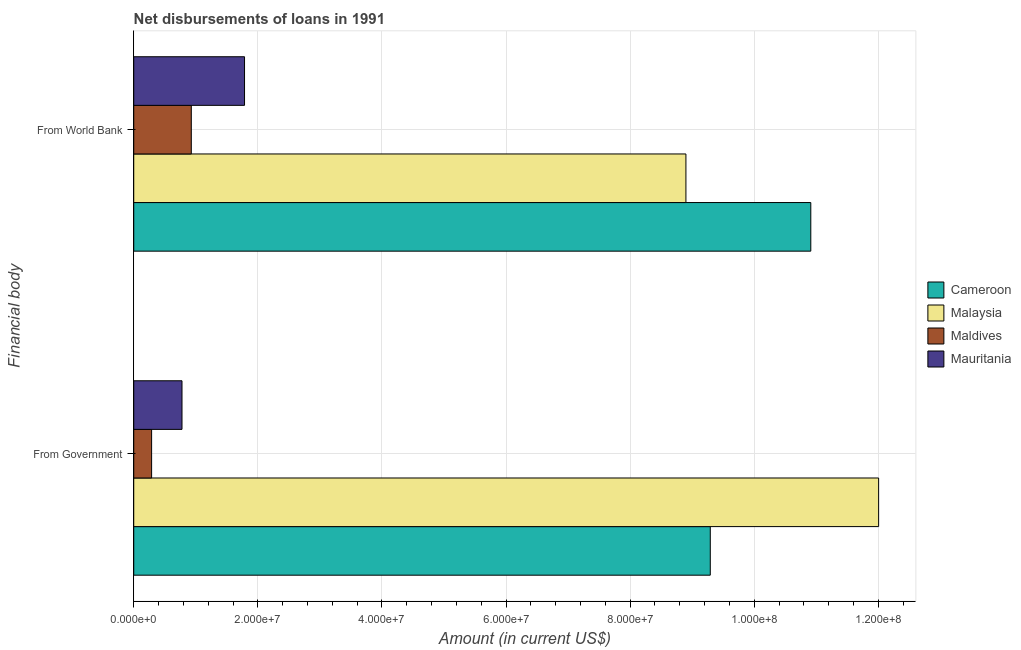
| Financial body | Cameroon | Malaysia | Maldives | Mauritania |
 | --- | --- | --- | --- | --- |
 | From Government | 9.29e+07 | 1.2e+08 | 2.88e+06 | 7.78e+06 |
 | From World Bank | 1.09e+08 | 8.9e+07 | 9.28e+06 | 1.79e+07 |